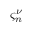
\varsigma _ { n } ^ { \nu }